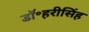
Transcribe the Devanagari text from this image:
डॉ॰हरीसिंह